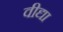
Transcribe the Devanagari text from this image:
वीद्या